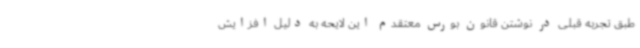
طبق تجربه قبلی در نوشتن قانون بورس معتقدم این لایحه به دلیل افزایش